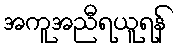
အကူအညီရယူရန်